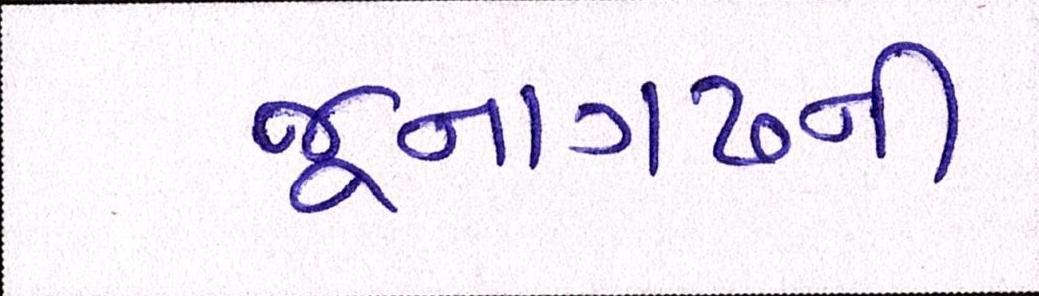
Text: જૂનાગઢની